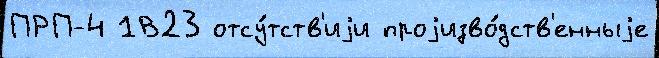
ПРП-4 1В23 отсу́тств'иjи проjизво́дств'енныjе